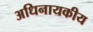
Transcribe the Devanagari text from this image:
अधिनायकीय